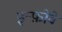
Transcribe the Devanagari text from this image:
इन्फ़ोवे